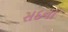
સદના